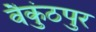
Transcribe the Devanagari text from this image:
वैकुंठपुर